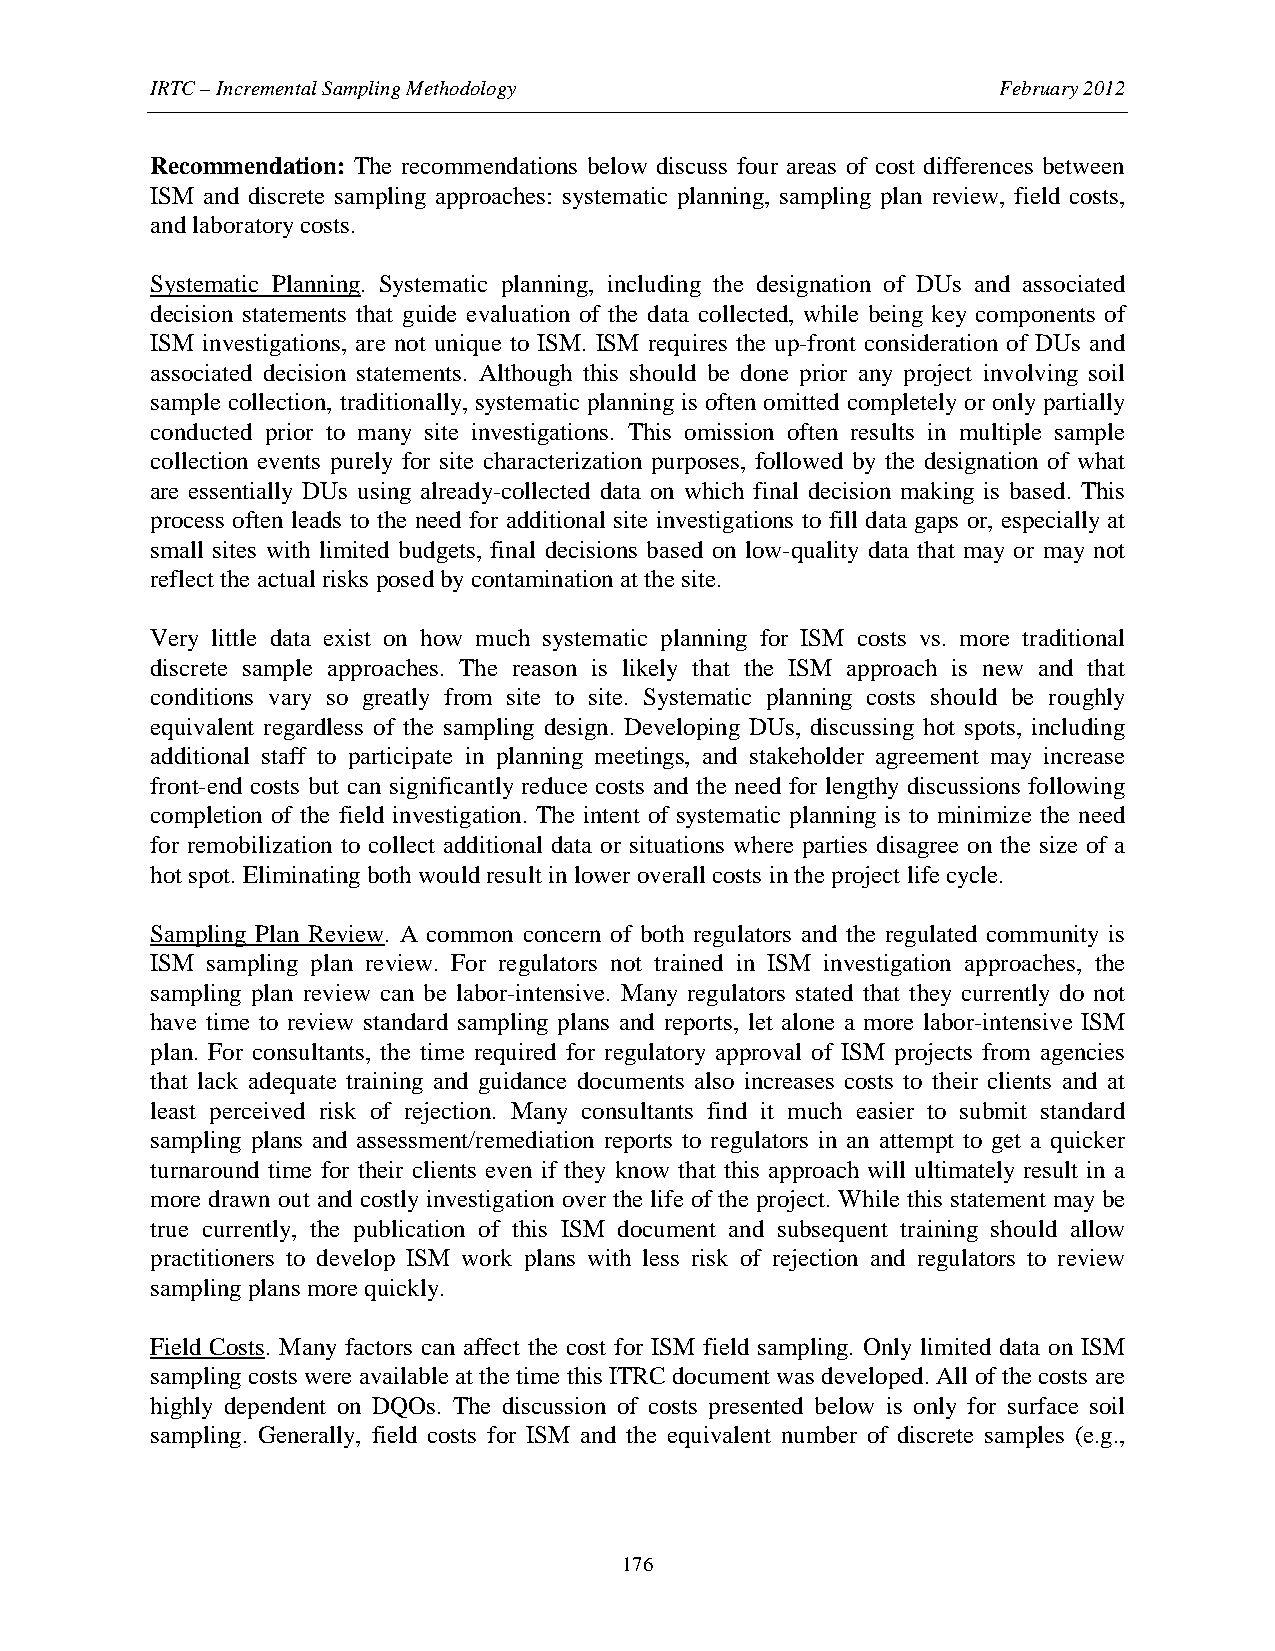
IRTC – Incremental Sampling Methodology                 February 2012
 Recommendation: The recommendations below discuss four areas of cost differences between
 ISM and discrete sampling approaches: systematic planning, sampling plan review, field costs,
 and laboratory costs.
 Systematic Planning. Systematic planning, including the designation of DUs and associated
 decision statements that guide evaluation of the data collected, while being key components of
 ISM investigations, are not unique to ISM. ISM requires the up-front consideration of DUs and
 associated decision statements. Although this should be done prior any project involving soil
 sample collection, traditionally, systematic planning is often omitted completely or only partially
 conducted prior to many site investigations. This omission often results in multiple sample
 collection events purely for site characterization purposes, followed by the designation of what
 are essentially DUs using already-collected data on which final decision making is based. This
 process often leads to the need for additional site investigations to fill data gaps or, especially at
 small sites with limited budgets, final decisions based on low-quality data that may or may not
 reflect the actual risks posed by contamination at the site.
 Very little data exist on how much systematic planning for ISM costs vs. more traditional
 discrete sample approaches. The reason is likely that the ISM approach is new and that
 conditions vary so greatly from site to site. Systematic planning costs should be roughly
 equivalent regardless of the sampling design. Developing DUs, discussing hot spots, including
 additional staff to participate in planning meetings, and stakeholder agreement may increase
 front-end costs but can significantly reduce costs and the need for lengthy discussions following
 completion of the field investigation. The intent of systematic planning is to minimize the need
 for remobilization to collect additional data or situations where parties disagree on the size of a
 hot spot. Eliminating both would result in lower overall costs in the project life cycle.
 Sampling Plan Review. A common concern of both regulators and the regulated community is
 ISM sampling plan review. For regulators not trained in ISM investigation approaches, the
 sampling plan review can be labor-intensive. Many regulators stated that they currently do not
 have time to review standard sampling plans and reports, let alone a more labor-intensive ISM
 plan. For consultants, the time required for regulatory approval of ISM projects from agencies
 that lack adequate training and guidance documents also increases costs to their clients and at
 least perceived risk of rejection. Many consultants find it much easier to submit standard
 sampling plans and assessment/remediation reports to regulators in an attempt to get a quicker
 turnaround time for their clients even if they know that this approach will ultimately result in a
 more drawn out and costly investigation over the life of the project. While this statement may be
 true currently, the publication of this ISM document and subsequent training should allow
 practitioners to develop ISM work plans with less risk of rejection and regulators to review
 sampling plans more quickly.
 Field Costs. Many factors can affect the cost for ISM field sampling. Only limited data on ISM
 sampling costs were available at the time this ITRC document was developed. All of the costs are
 highly dependent on DQOs. The discussion of costs presented below is only for surface soil
 sampling. Generally, field costs for ISM and the equivalent number of discrete samples (e.g.,
 176